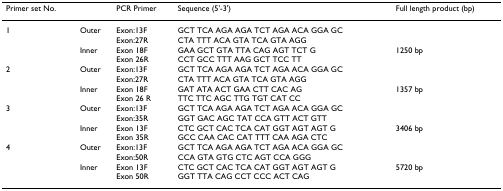
<table><thead><tr><td><b>Primer set No.</b></td><td></td><td><b>PCR Primer</b></td><td><b>Sequence (5&#x27;-3&#x27;)</b></td><td><b>Full length product (bp)</b></td></tr></thead><tbody><tr><td>1</td><td>Outer</td><td>Exon:13FExon:27R</td><td>GCT TCA AGA AGA TCT AGA ACA GGA GCCTA TTT ACA GTA TCA GTA AGG</td><td></td></tr><tr><td></td><td>Inner</td><td>Exon 18FExon 26R</td><td>GAA GCT GTA TTA CAG AGT TCT GCCT GCC TTT AAG GCT TCC TT</td><td>1250 bp</td></tr><tr><td>2</td><td>Outer</td><td>Exon:13FExon:27R</td><td>GCT TCA AGA AGA TCT AGA ACA GGA GCCTA TTT ACA GTA TCA GTA AGG</td><td></td></tr><tr><td></td><td>Inner</td><td>Exon 18FExon 26 R</td><td>GAT ATA ACT GAA CTT CAC AGTTC TTC AGC TTG TGT CAT CC</td><td>1357 bp</td></tr><tr><td>3</td><td>Outer</td><td>Exon:13FExon:35R</td><td>GCT TCA AGA AGA TCT AGA ACA GGA GCGGT GAC AGC TAT CCA GTT ACT GTT</td><td></td></tr><tr><td></td><td>Inner</td><td>Exon 13FExon 35R</td><td>CTC GCT CAC TCA CAT GGT AGT AGT GGCC CAA CAC CAT TTT CAA AGA CTC</td><td>3406 bp</td></tr><tr><td>4</td><td>Outer</td><td>Exon:13FExon:50R</td><td>GCT TCA AGA AGA TCT AGA ACA GGA GCCCA GTA GTG CTC AGT CCA GGG</td><td></td></tr><tr><td></td><td>Inner</td><td>Exon 13FExon 50R</td><td>CTC GCT CAC TCA CAT GGT AGT AGT GGGT TTA CAG CCT CCC ACT CAG</td><td>5720 bp</td></tr></tbody></table>